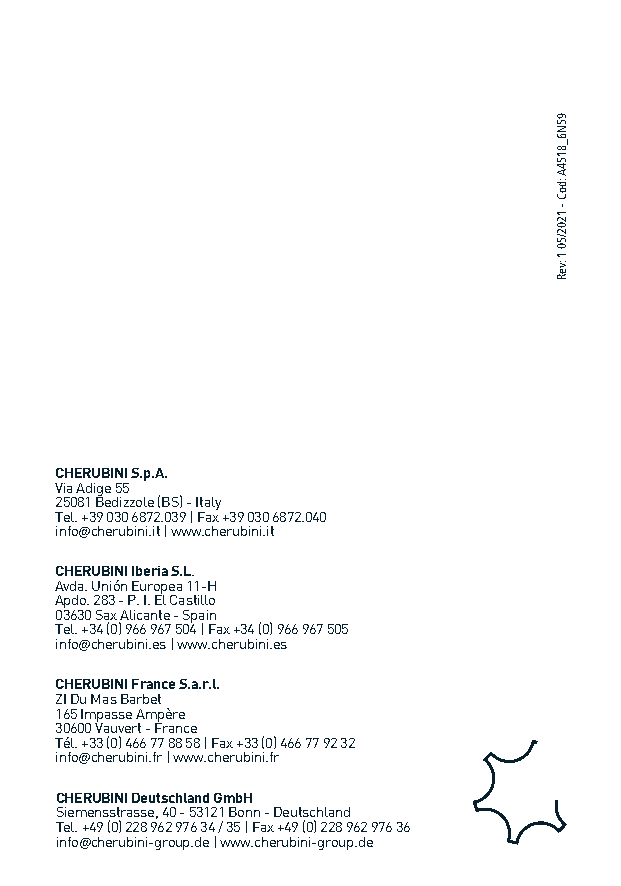
CHERUBINI S.p.A.
 Via Adige 55
 25081 Bedizzole (BS) - Italy
 Tel. +39 030 6872.039 | Fax +39 030 6872.040
 info@cherubini.it | www.cherubini.it
 CHERUBINI Iberia S.L.
 Avda. Unión Europea 11-H
 Apdo. 283 - P. I. El Castillo
 03630 Sax Alicante - Spain
 Tel. +34 (0) 966 967 504 | Fax +34 (0) 966 967 505
 info@cherubini.es | www.cherubini.es
 CHERUBINI France S.a.r.l.
 ZI Du Mas Barbet
 165 Impasse Ampère
 30600 Vauvert - France
 Tél. +33 (0) 466 77 88 58 | Fax +33 (0) 466 77 92 32
 info@cherubini.fr | www.cherubini.fr
 CHERUBINI Deutschland GmbH
 Siemensstrasse, 40 - 53121 Bonn - Deutschland
 Tel. +49 (0) 228 962 976 34 / 35 | Fax +49 (0) 228 962 976 36
 info@cherubini-group.de | www.cherubini-group.de
 95N6_8154A
 :doC
 -
 1202/50
 1
 :veR